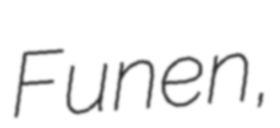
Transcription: Funen,